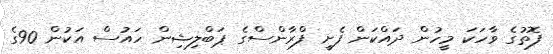
ފޮތުގެ ވާހަކަ މީހުން ދައްކަން ފެށީ ފްރާންސްގެ ޕަބްލިޝިން ހައުސް އަކުން 90ގެ